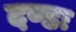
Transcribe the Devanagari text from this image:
दण्डः